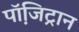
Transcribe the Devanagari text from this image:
पॉजि़ट्रान